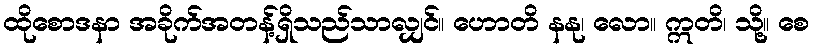
ထိုစောဒနာ အခိုက်အတန့်ရှိသည်သာလျှင်။ ဟောတိ နနု၊ လော။ ဣတိ၊ သို့။ စေ